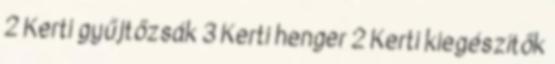
2 Kerti gyűjtőzsák 3 Kerti henger 2 Kerti kiegészítők